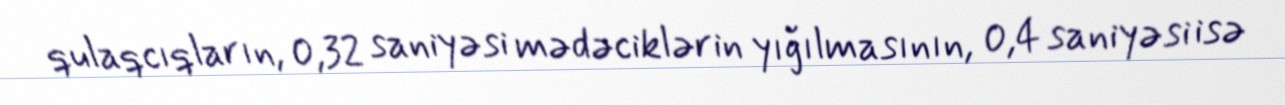
qulaqcıqların, 0,32 saniyəsi mədəciklərin yığılmasının, 0,4 saniyəsi isə